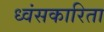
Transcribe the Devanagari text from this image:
ध्वंसकारिता